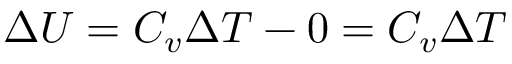
\Delta U = C _ { v } \Delta T - 0 = C _ { v } \Delta T